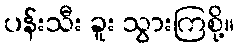
ပန်းသီး ခူး သွားကြစို့။